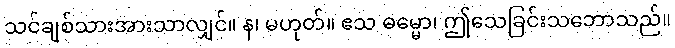
သင်ချစ်သားအားသာလျှင်။ န၊ မဟုတ်။ ဧသ ဓမ္မော၊ ဤသေခြင်းသဘောသည်။